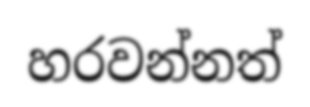
හරවන්නත්